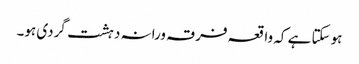
ہوسکتا ہے کہ واقعہ فرقہ ورانہ دہشت گردی ہو۔